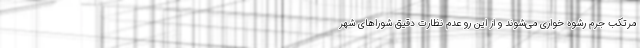
مرتکب جرم رشوه‌ خواری می‌شوند و از این رو عدم نظارت دقیق شوراهای شهر